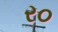
ર૦